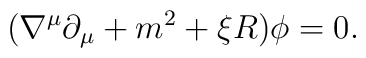
(\nabla^{\mu}\partial_{\mu}+m^2 +\xi R)\phi=0  .